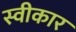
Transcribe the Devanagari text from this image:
स्वीकार